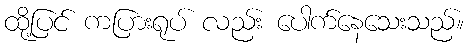
ထို့ပြင် ကပြားရုပ် လည်း ပေါက်နေသေးသည်။